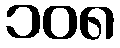
၁၀၈